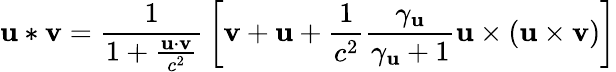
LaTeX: \mathbf{u}*\mathbf{v}={\frac{1}{1+{\frac{\mathbf{u}\cdot\mathbf{v}}{c^{2}}}}}\left[\mathbf{v}+\mathbf{u}+{\frac{1}{c^{2}}}{\frac{\gamma_{\mathbf{u}}}{\gamma_{\mathbf{u}}+1}}\mathbf{u}\times(\mathbf{u}\times\mathbf{v})\right]